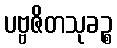
ပဗ္ဗဇိတသုခဉ္စ